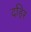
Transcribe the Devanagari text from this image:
दहिर